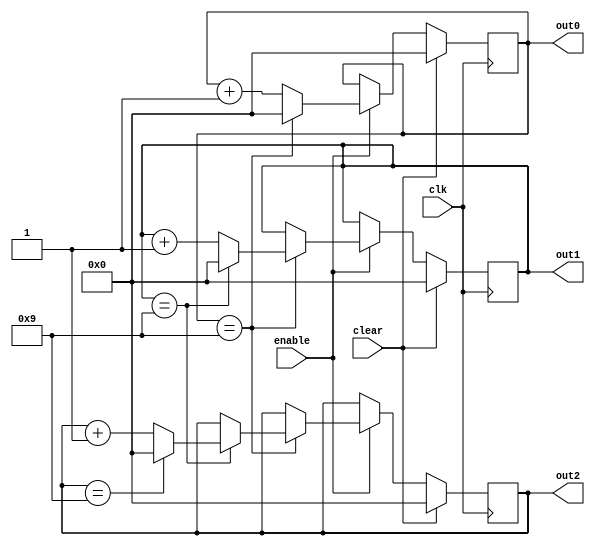
module BCD_counter(clk,clear,enable,out0,out1,out2); //works
	input clk,clear,enable;
	output reg [3:0] out0,out1,out2;
	
	always @(posedge clk) begin
		if(clear) begin
			out0 <= 0;
			out1 <= 0;
			out2 <= 0;
		end else if(enable) begin
			if(out0 == 4'b1001) begin
				out0 <= 0;
				if(out1 == 4'b1001) begin
					out1 <= 0;
					if(out2 == 4'b1001) begin
						out2 <= 0;
					end else begin
						out2 <= out2 + 1;
					end
				end else begin
					out1 <= out1 + 1;
				end
			end else begin
				out0 <= out0 + 1;
			end
		end
	end
endmodule